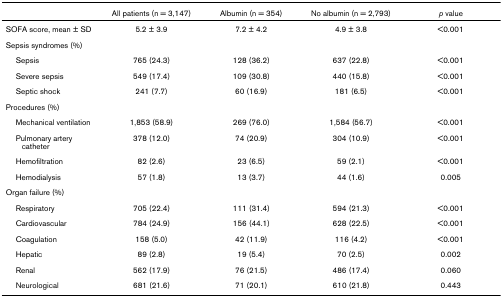
|  | All patients (n = 3,147) | Albumin (n = 354) | No albumin (n = 2,793) | p value |
 | --- | --- | --- | --- | --- |
 | SOFA score, mean ± SD | 5.2 ± 3.9 | 7.2 ± 4.2 | 4.9 ± 3.8 | <0.001 |
 | Sepsis syndromes (%) |  |  |  |  |
 | Sepsis | 765 (24.3) | 128 (36.2) | 637 (22.8) | <0.001 |
 | Severe sepsis | 549 (17.4) | 109 (30.8) | 440 (15.8) | <0.001 |
 | Septic shock | 241 (7.7) | 60 (16.9) | 181 (6.5) | <0.001 |
 | Procedures (%) |  |  |  |  |
 | Mechanical ventilation | 1,853 (58.9) | 269 (76.0) | 1,584 (56.7) | <0.001 |
 | Pulmonary artery catheter | 378 (12.0) | 74 (20.9) | 304 (10.9) | <0.001 |
 | Hemofiltration | 82 (2.6) | 23 (6.5) | 59 (2.1) | <0.001 |
 | Hemodialysis | 57 (1.8) | 13 (3.7) | 44 (1.6) | 0.005 |
 | Organ failure (%) |  |  |  |  |
 | Respiratory | 705 (22.4) | 111 (31.4) | 594 (21.3) | <0.001 |
 | Cardiovascular | 784 (24.9) | 156 (44.1) | 628 (22.5) | <0.001 |
 | Coagulation | 158 (5.0) | 42 (11.9) | 116 (4.2) | <0.001 |
 | Hepatic | 89 (2.8) | 19 (5.4) | 70 (2.5) | 0.002 |
 | Renal | 562 (17.9) | 76 (21.5) | 486 (17.4) | 0.060 |
 | Neurological | 681 (21.6) | 71 (20.1) | 610 (21.8) | 0.443 |